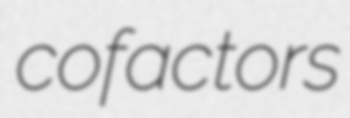
cofactors